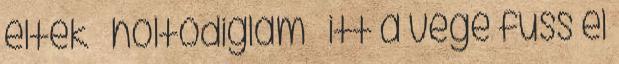
éltek holtodiglam itt a vége fuss el